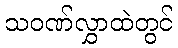
သဝဏ်လွှာထဲတွင်